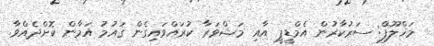
މަޚްލޫފް: ސަރުކާރުން އެމްޑީޕީ އާއި މަޝްވަރާ ކުރައްވައިގެން ޤައުމު އަމާން ކޮށްދެއްވާ.